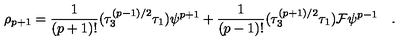
\rho _ { p + 1 } = { \frac { 1 } { ( p + 1 ) ! } } ( \tau _ { 3 } ^ { ( p - 1 ) / 2 } \tau _ { 1 } ) \psi ^ { p + 1 } + { \frac { 1 } { ( p - 1 ) ! } } ( \tau _ { 3 } ^ { ( p + 1 ) / 2 } \tau _ { 1 } ) { \cal { F } } \psi ^ { p - 1 } \quad .